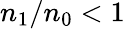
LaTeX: n_{\mathrm{1}}/n_{\mathrm{0}}<1